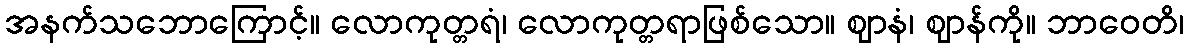
အနက်သဘောကြောင့်။ လောကုတ္တရံ၊ လောကုတ္တရာဖြစ်သော။ ဈာနံ၊ ဈာန်ကို။ ဘာဝေတိ၊